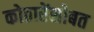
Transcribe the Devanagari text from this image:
कोठारेंसोबत